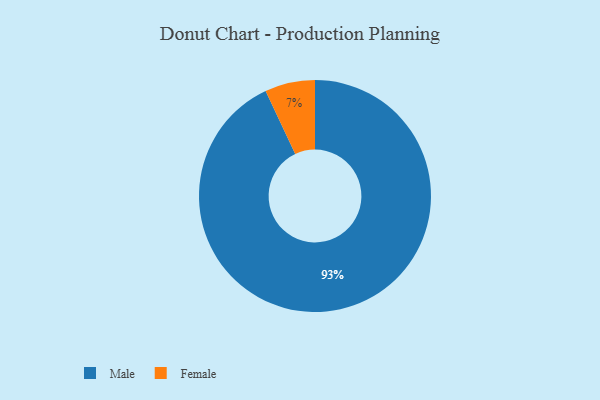
{"axis": {"x": "Category", "y": "Percentage"}, "legend": ["Female", "Male"], "data": [{"x": "Female", "y": 7, "type": "Female"}, {"x": "Male", "y": 93, "type": "Male"}]}